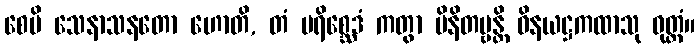
စေပိ သေနာသနတော ဟောတိ, တံ ပရိစ္ဆေဒံ ကတွာ မိနိတဗ္ဗန္တိ ဝိနယဋ္ဌကထာသု ဝုတ္တံ။